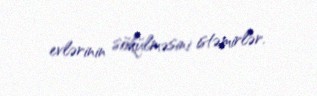
evlərinin sökülməsini istəmirlər.